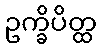
ဥက္ခိပိတ္ထ